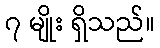
၇ မျိုး ရှိသည်။